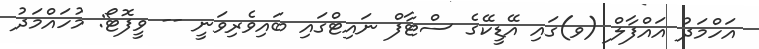
އަހްމަދު އައްފާލް (ވ)ގައި އޭޑީކޭގެ ސްޓާފް ނައިޓްގައި ބައިވެރިވަނީ -- ވީފޮޓޯ: މުހައްމަދު